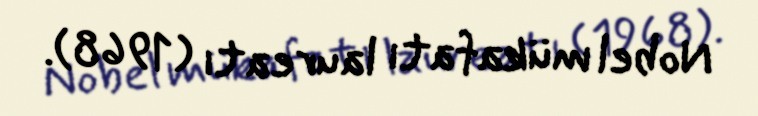
Nobel mükafatı laureatı (1968).